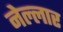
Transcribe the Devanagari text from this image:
नेल्‍लार